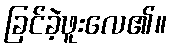
ခြင်ခဲ့ဖူးလေ၏။